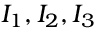
I _ { 1 } , I _ { 2 } , I _ { 3 }